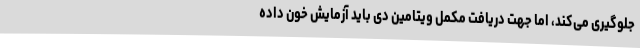
جلوگیری می‌کند، اما جهت دریافت مکمل ویتامین دی باید آزمایش خون داده